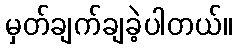
မှတ်ချက်ချခဲ့ပါတယ်။